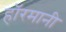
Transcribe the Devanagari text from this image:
हाॅरमानी